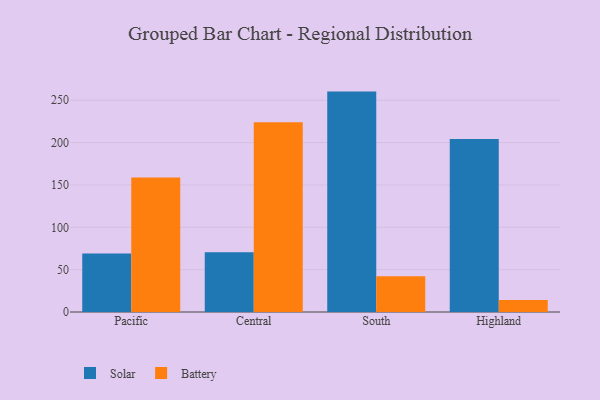
{"axis": {"x": "Region", "y": "Temperature (°C)"}, "legend": ["Battery", "Solar"], "data": [{"x": "Pacific", "y": 69.2, "type": "Solar"}, {"x": "Pacific", "y": 158.8, "type": "Battery"}, {"x": "Central", "y": 70.5, "type": "Solar"}, {"x": "Central", "y": 224.1, "type": "Battery"}, {"x": "South", "y": 260.2, "type": "Solar"}, {"x": "South", "y": 42.3, "type": "Battery"}, {"x": "Highland", "y": 204.1, "type": "Solar"}, {"x": "Highland", "y": 14.1, "type": "Battery"}]}